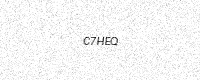
Text: C7HEQ